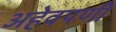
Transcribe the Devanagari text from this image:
अहेवपणी